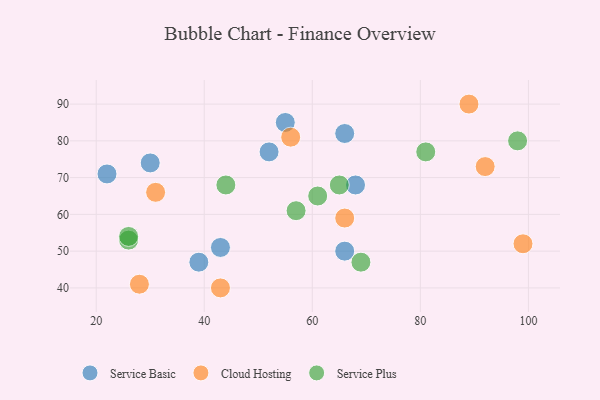
{"axis": {"x": "GDP", "y": "Life Expectancy"}, "legend": ["Cloud Hosting", "Service Basic", "Service Plus"], "data": [{"x": "66", "y": 50, "type": "Service Basic"}, {"x": "66", "y": 82, "type": "Service Basic"}, {"x": "39", "y": 47, "type": "Service Basic"}, {"x": "43", "y": 51, "type": "Service Basic"}, {"x": "30", "y": 74, "type": "Service Basic"}, {"x": "55", "y": 85, "type": "Service Basic"}, {"x": "22", "y": 71, "type": "Service Basic"}, {"x": "68", "y": 68, "type": "Service Basic"}, {"x": "52", "y": 77, "type": "Service Basic"}, {"x": "31", "y": 66, "type": "Cloud Hosting"}, {"x": "28", "y": 41, "type": "Cloud Hosting"}, {"x": "66", "y": 59, "type": "Cloud Hosting"}, {"x": "92", "y": 73, "type": "Cloud Hosting"}, {"x": "43", "y": 40, "type": "Cloud Hosting"}, {"x": "56", "y": 81, "type": "Cloud Hosting"}, {"x": "99", "y": 52, "type": "Cloud Hosting"}, {"x": "89", "y": 90, "type": "Cloud Hosting"}, {"x": "26", "y": 53, "type": "Service Plus"}, {"x": "81", "y": 77, "type": "Service Plus"}, {"x": "26", "y": 54, "type": "Service Plus"}, {"x": "98", "y": 80, "type": "Service Plus"}, {"x": "65", "y": 68, "type": "Service Plus"}, {"x": "61", "y": 65, "type": "Service Plus"}, {"x": "44", "y": 68, "type": "Service Plus"}, {"x": "57", "y": 61, "type": "Service Plus"}, {"x": "69", "y": 47, "type": "Service Plus"}]}